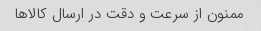
ممنون از سرعت و دقت در ارسال کالاها